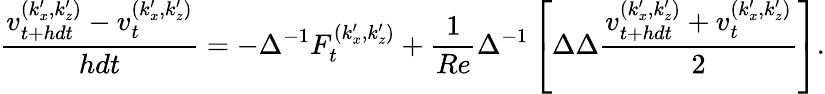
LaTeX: \frac{v_{t+hdt}^{(k_{x}^{\prime},k_{z}^{\prime})}-v_{t}^{(k_{x}^{\prime},k_{z}^{\prime})}}{hdt}=-\Delta^{-1}F_{t}^{(k_{x}^{\prime},k_{z}^{\prime})}+\frac{1}{Re}\Delta^{-1}\left[\Delta\Delta\frac{v_{t+hdt}^{(k_{x}^{\prime},k_{z}^{\prime})}+v_{t}^{(k_{x}^{\prime},k_{z}^{\prime})}}{2}\right].